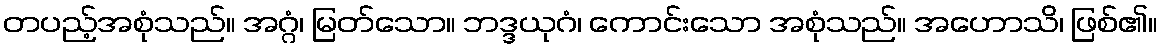
တပည့်အစုံသည်။ အဂ္ဂံ၊ မြတ်သော။ ဘဒ္ဒယုဂံ၊ ကောင်းသော အစုံသည်။ အဟောသိ၊ ဖြစ်၏။